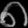
Digit: ၈